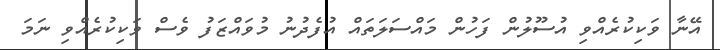
އޭނާ ވަކިކުރެއްވި އުސޫލުން ފަހުން މައްސަލަތައް އުފެދުނު މުވައްޒަފު ވެސް ވަކިކުރެއްވި ނަމަ